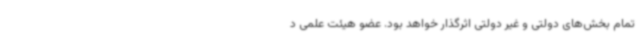
تمام بخش‌های دولتی و غیر دولتی اثرگذار خواهد بود. عضو هیئت علمی د